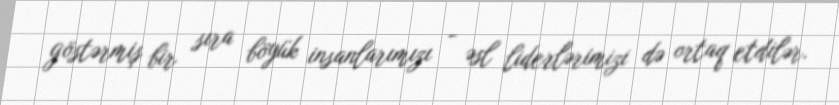
göstərmiş bir sıra böyük insanlarımızı - əsl liderlərimizi də ortaq etdilər.